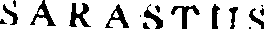
SARASTUS